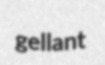
gellant